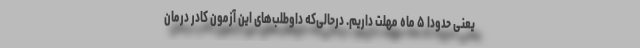
یعنی حدودا ۵ ماه مهلت داریم. درحالی‌که داوطلب‌های این آزمون کادر درمان